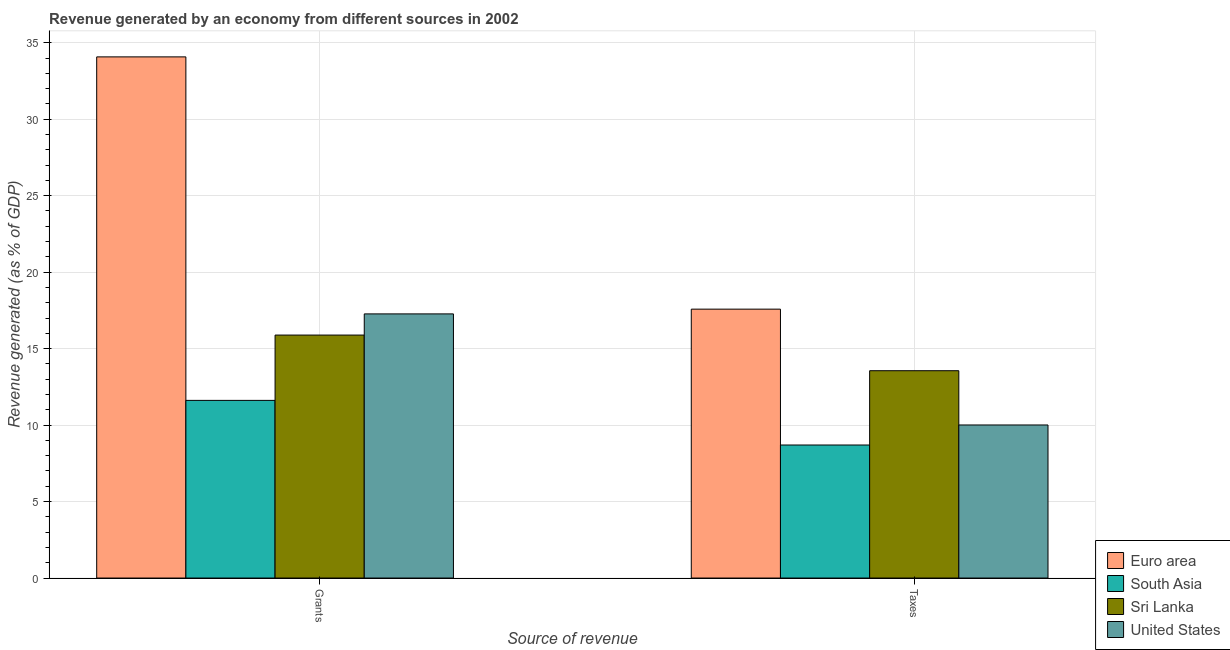
| Source of revenue | Euro area | South Asia | Sri Lanka | United States |
 | --- | --- | --- | --- | --- |
 | Grants | 34.1 | 11.6 | 15.9 | 17.3 |
 | Taxes | 17.6 | 8.7 | 13.6 | 10 |